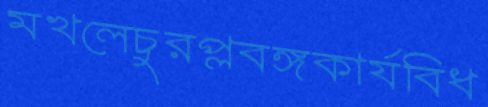
মখলেচুরপ্লবঙ্গকার্যবিধ